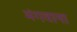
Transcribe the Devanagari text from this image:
मंगवाना